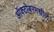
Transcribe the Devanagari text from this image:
ऑक्टोबरमधील